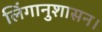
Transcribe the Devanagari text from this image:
लिंगानुशासन।